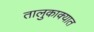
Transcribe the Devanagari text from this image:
तालुकाक्यात